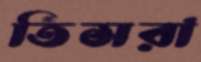
তিসরা